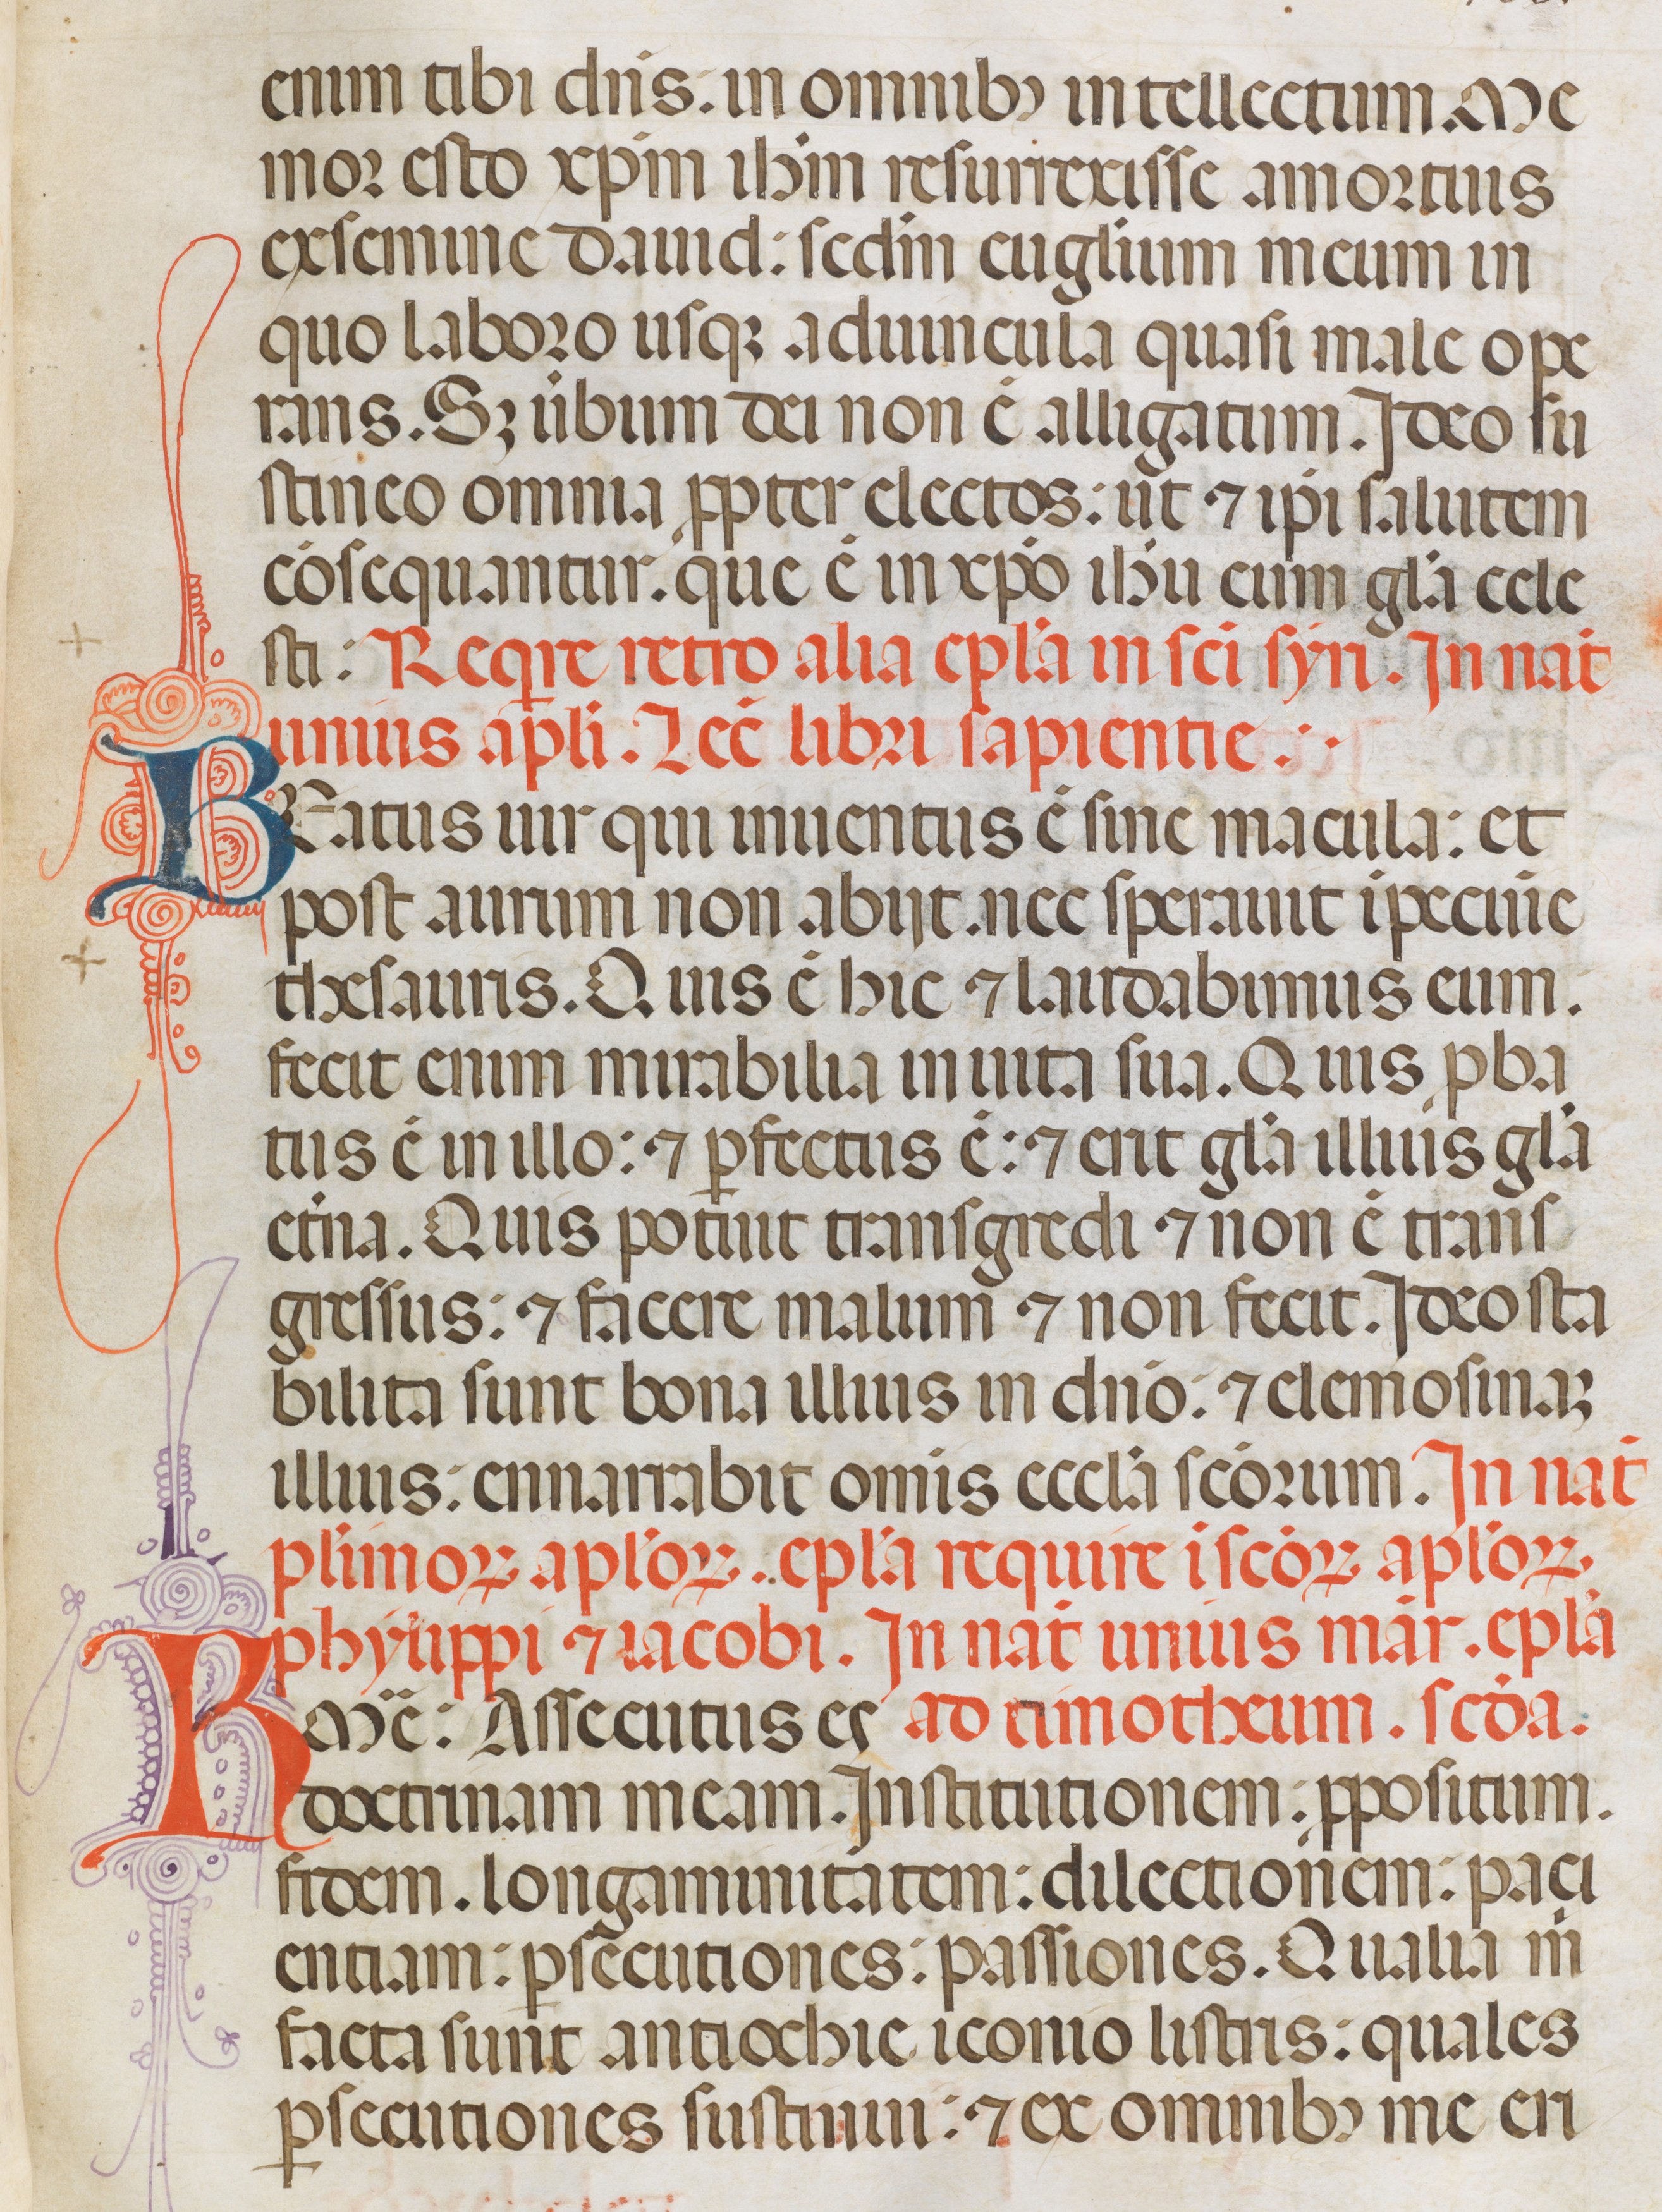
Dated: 1342–1342